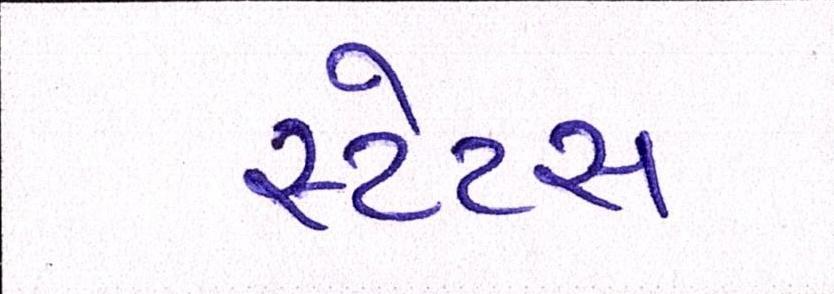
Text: સ્ટેટસ